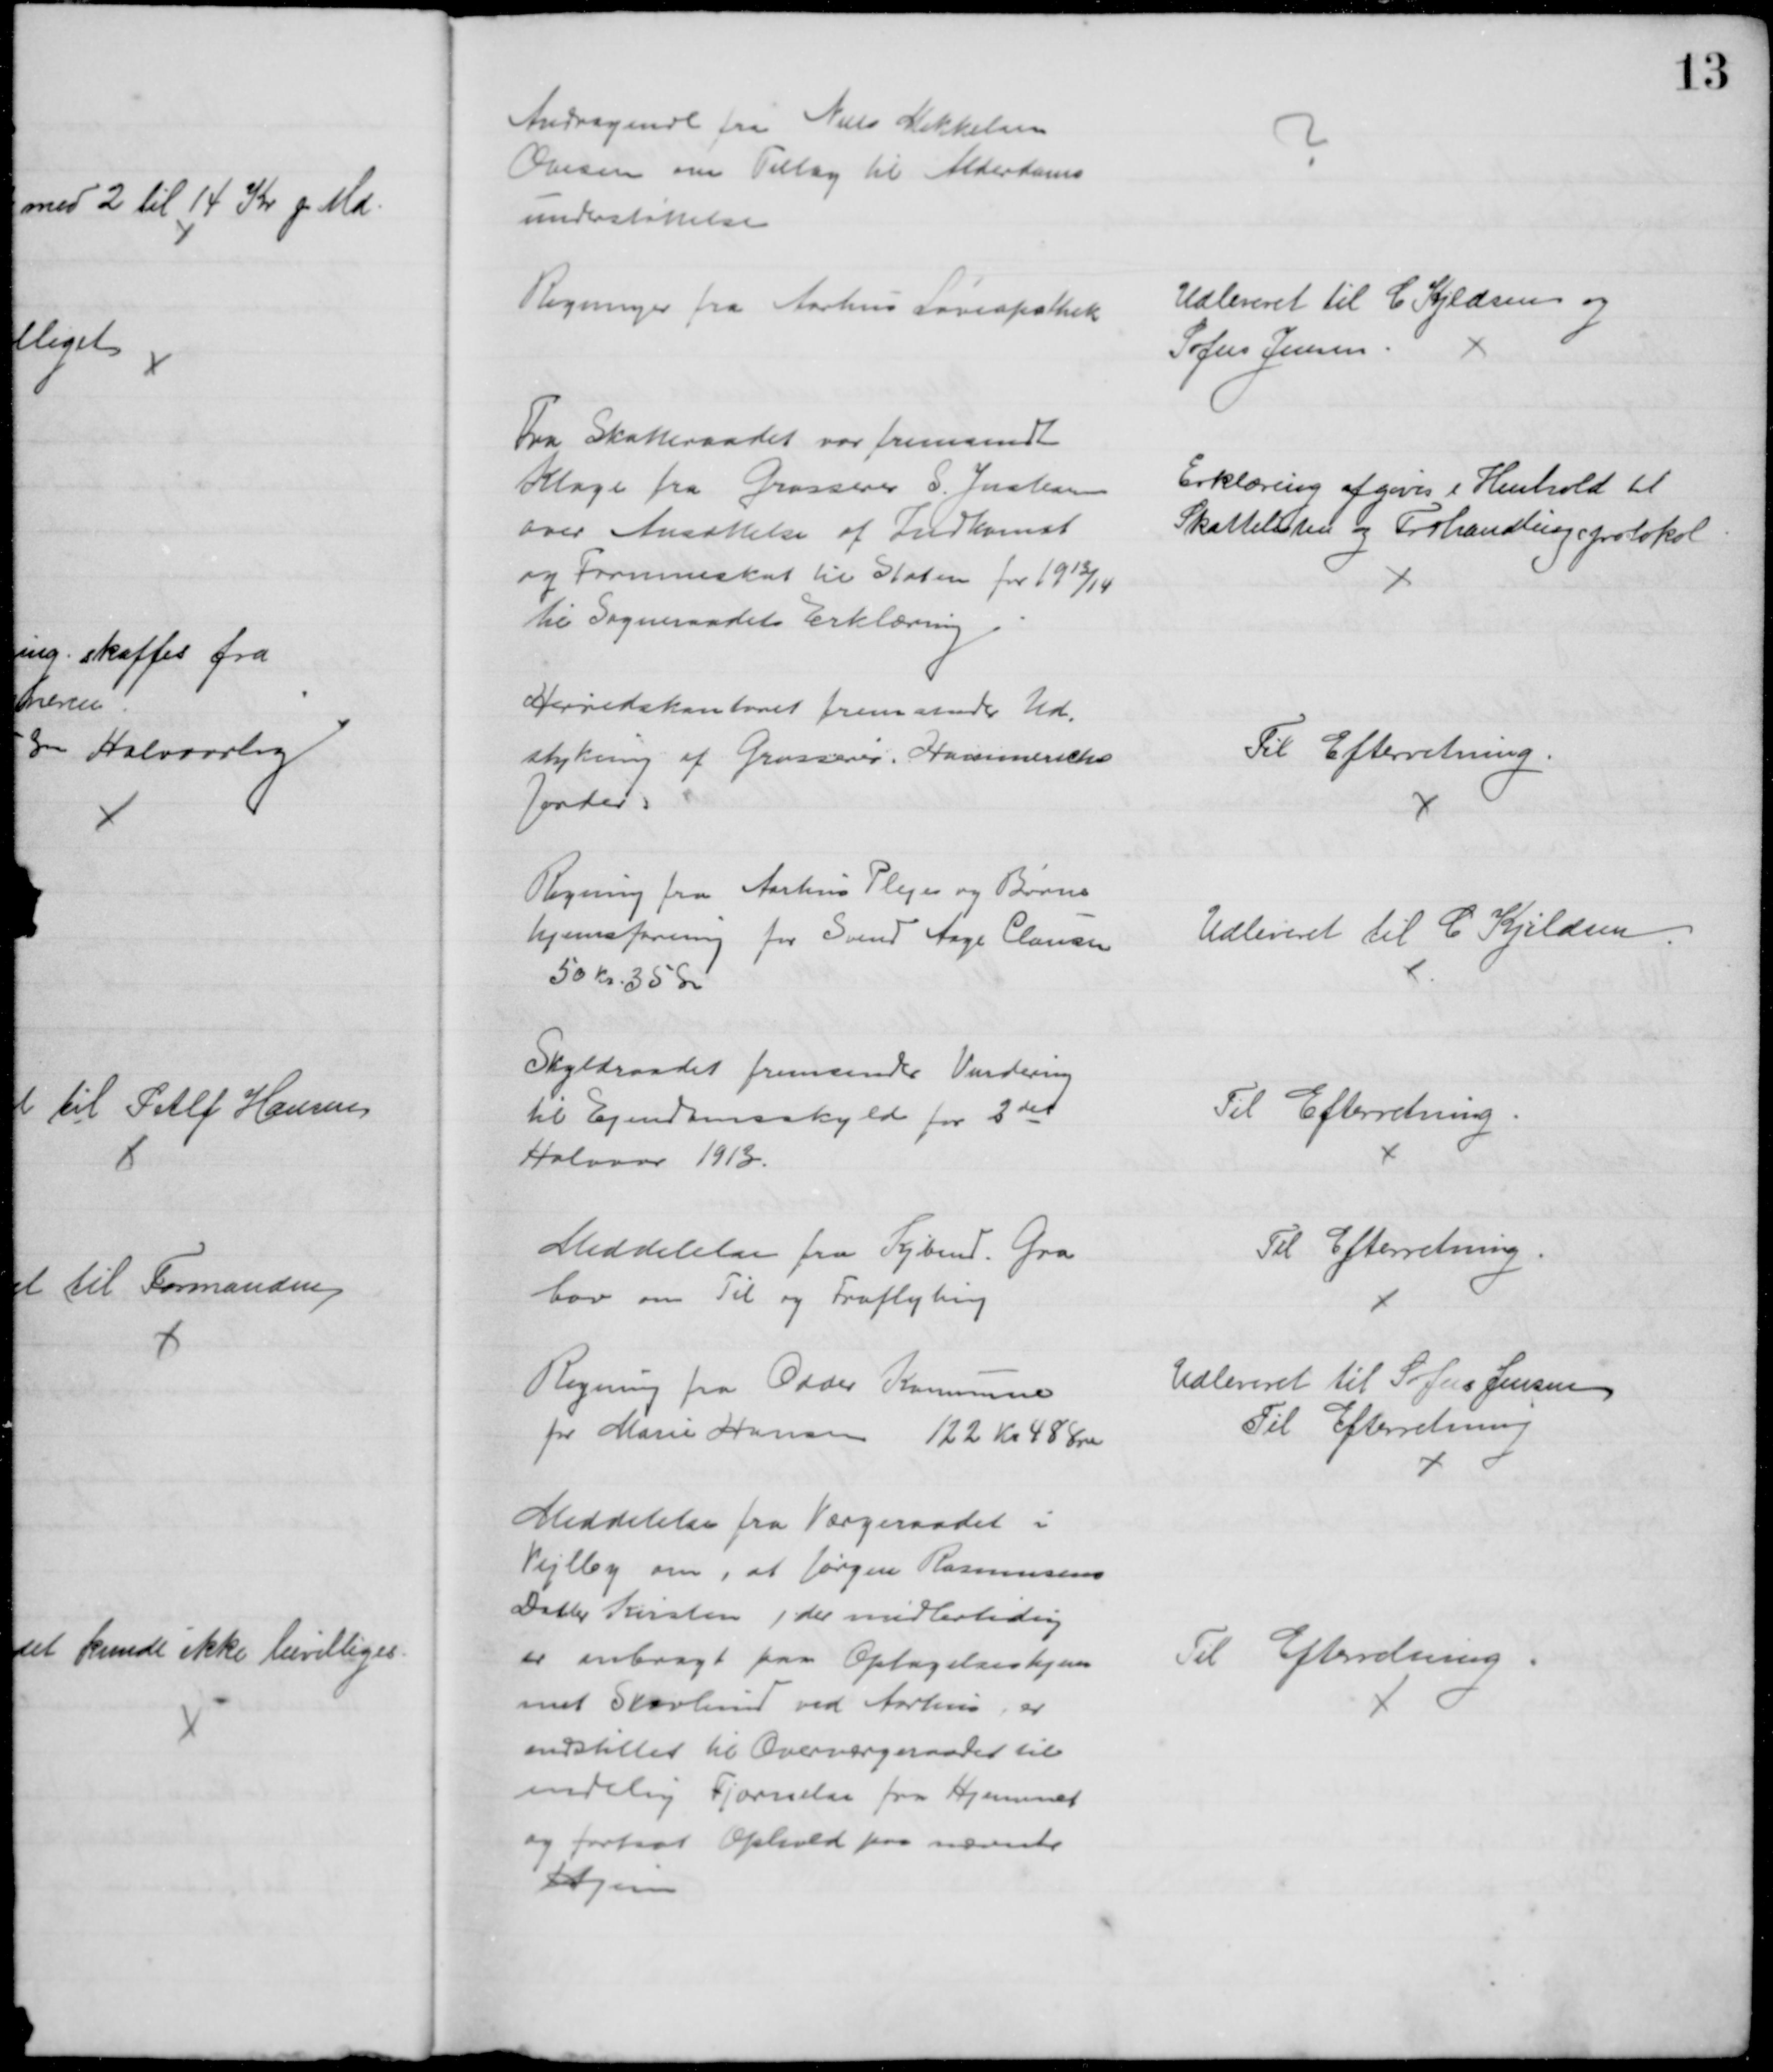
Transskription:
Andragende fra Niels Mikkelsen
Ovesen om Tillæg til Alderdoms
understøttelse
?
Regninger fra Aarhus Løveapothek
Udleveret til C. Kjeldsen og 
Sofus Jensen.
Fra Skatteraadet var fremsendt
Klage fra Grosserer S. Jacobsen
over Ansættelse af Indkomst
og Formueskat til Staten for 1913/14
til Sogneraadets Erklæring
Erklæring afgives i Henhold til
Skattelisten og Forhandlingsprotokol
Herredskontoret fremsender Ud-
stykning af Grosserer. Hammerichs
Jorder
Til Efterretning.
Regning fra Aarhus Pleje og Børne
hjemsforening for Svend Aage Clausen
50 Kr. 35 Ør
Udleveret til C. Kjeldsen
Skyldraadet fremsender Vurdering
til Ejendomsskyld for 2det
Halvaar 1913.
Til Efterretning
Meddelelse fra Kjbmnd. Gra
bov om Til og Fraflytning
Til Efterretning
Regning fra Odder Kommune
for Marie Hansen 122 Kr 48 Øre
Udleveret til Sofus Jensen
Til Efterretning
Meddelelse fra Værgeraadet i
Vejlby om, at Jørgen Rasmussens
Datter Kirsten, der midlertidig
er anbragt paa Optagelseshjem
met Skovlund ved Aarhus, er
indstillet til Overværgeraadet til
endelig Fjærnelse fra Hjemmet
og fortsat Ophold paa nævnte
Hjem
Til Efterretning